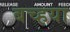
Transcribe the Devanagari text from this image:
बच्हया